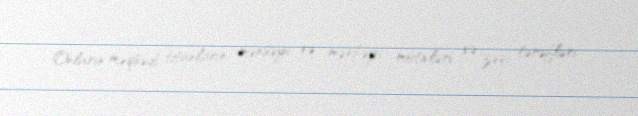
Onların məqsədi titanların mənşəyi və mənbəyi, motivləri və zəif tərəfləri